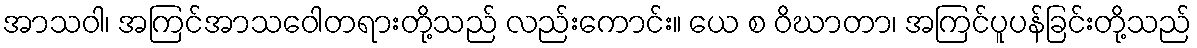
အာသဝါ၊ အကြင်အာသဝေါတရားတို့သည် လည်းကောင်း။ ယေ စ ဝိဃာတာ၊ အကြင်ပူပန်ခြင်းတို့သည်